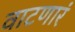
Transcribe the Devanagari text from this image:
वाटणारं